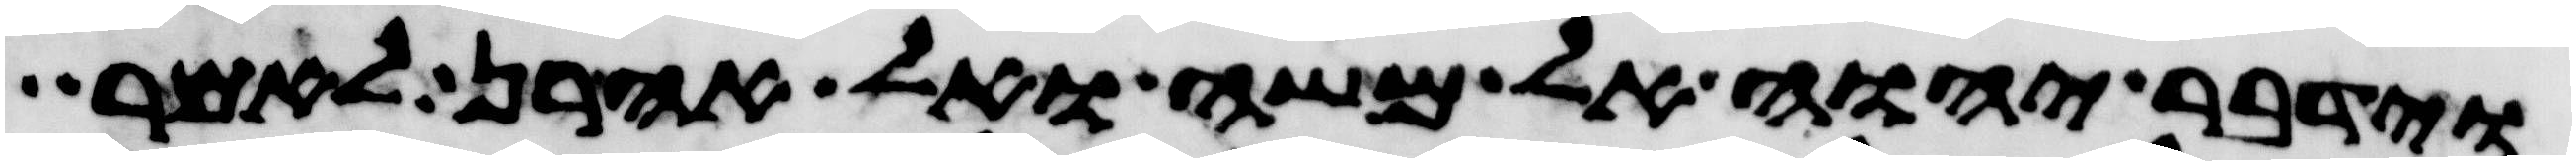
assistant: וידבר יהוה אל משה ואל אהרן לאמר